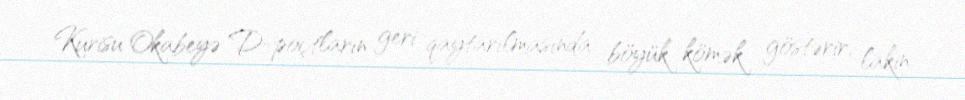
Kurisu Okabeyə D-poçtların geri qaytarılmasında böyük kömək göstərir, lakin